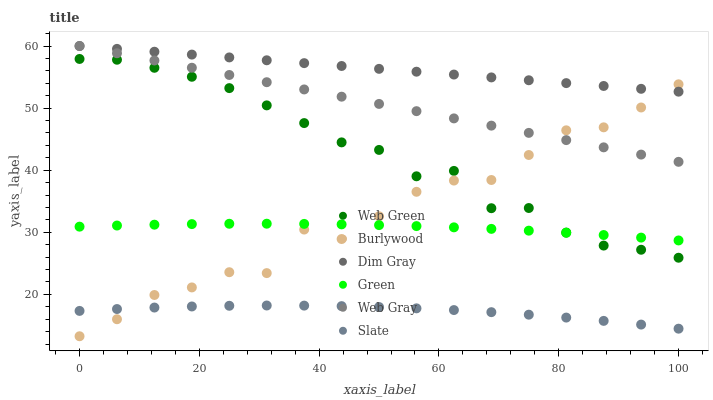
| xaxis_label | Web Green | Burlywood | Dim Gray | Green | Web Gray | Slate |
 | --- | --- | --- | --- | --- | --- | --- |
 | 0 | 57.9 | 13.3 | 60 | 30.9 | 60 | 17.3 |
 | 6.25 | 57.8 | 16 | 59.5 | 31.1 | 58.8 | 17.6 |
 | 12.5 | 56.5 | 19.9 | 59.1 | 31.2 | 57.7 | 17.9 |
 | 18.8 | 55 | 21.1 | 58.6 | 31.3 | 56.5 | 18.1 |
 | 25 | 53.2 | 23.6 | 58.2 | 31.4 | 55.3 | 18.2 |
 | 31.2 | 50.4 | 23.4 | 57.7 | 31.4 | 54.2 | 18.2 |
 | 37.5 | 47.6 | 30.4 | 57.2 | 31.4 | 53 | 18.2 |
 | 43.8 | 44.5 | 28.9 | 56.8 | 31.3 | 51.8 | 18.1 |
 | 50 | 43.3 | 32.6 | 56.3 | 31.2 | 50.7 | 18 |
 | 56.2 | 39 | 36.5 | 55.9 | 31 | 49.5 | 17.8 |
 | 62.5 | 39.9 | 38.3 | 55.4 | 30.8 | 48.3 | 17.5 |
 | 68.8 | 33.9 | 38.4 | 54.9 | 30.6 | 47.2 | 17.1 |
 | 75 | 33.9 | 42.5 | 54.5 | 30.3 | 46 | 16.7 |
 | 81.2 | 30 | 46.4 | 54 | 29.9 | 44.8 | 16.3 |
 | 87.5 | 27.9 | 46.9 | 53.6 | 29.6 | 43.7 | 15.7 |
 | 93.8 | 27.2 | 50.1 | 53.1 | 29.1 | 42.5 | 15.1 |
 | 100 | 25.9 | 53.8 | 52.6 | 28.7 | 41.4 | 14.5 |